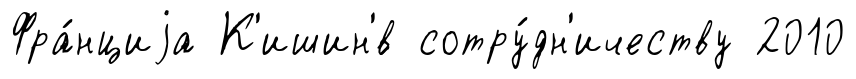
Фра́нциjа К'ишин'́в сотру́дн'ичеству 2010